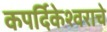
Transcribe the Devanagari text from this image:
कपर्दिकेश्वराचे